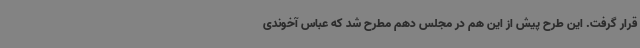
قرار گرفت. این طرح پیش از این هم در مجلس دهم مطرح شد که عباس آخوندی